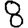
Digit: 8